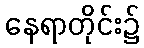
နေရာတိုင်း၌